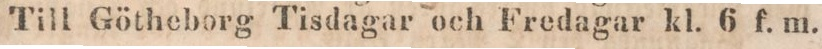
Till Götheborg Tisdagar och Fredagar kl. 6 f. m.